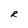
Character: R